Lunatic asylums Bombay report 1878-1890 - 1878-1890
Year: 1878
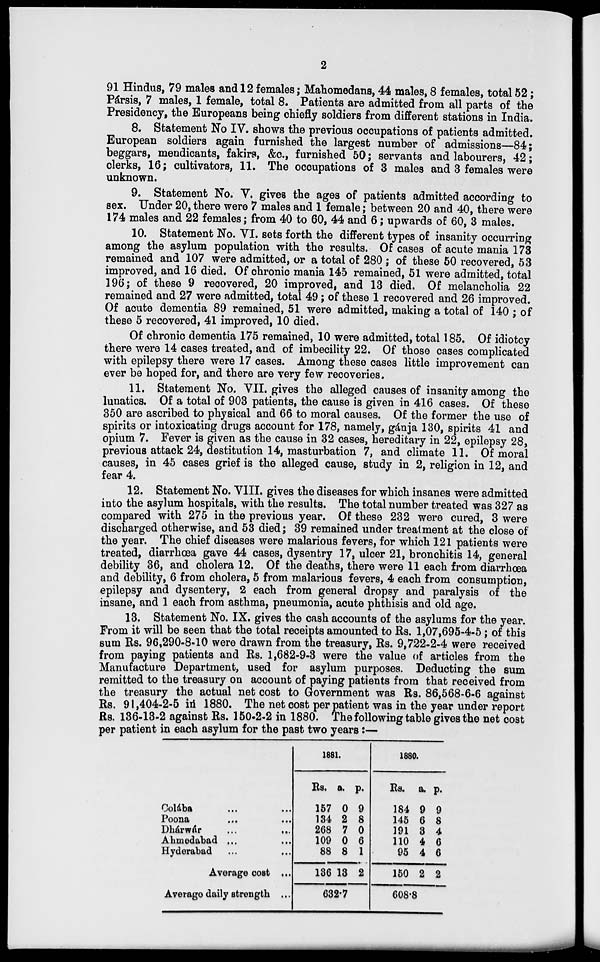
2
91 Hindus, 79 males and 12females; Mahomedans, 44 males, 8 females, total 52 ;
Pársis, 7 males, 1 female, total 8. Patients are admitted from all parts of the
Presidency, the Europeans being chiefly soldiers from different stations in India.
8. Statement No IV. shows the previous occupations of patients admitted.
European soldiers again furnished the largest number of admissions—84;
beggars, mendicants, fakirs, &c., furnished 50; servants and labourers, 42;
clerks, 16; cultivators, 11. The occupations of 3 males and 3 females were
unknown.
9. Statement No. V. gives the ages of patients admitted according to
sex. Under 20, there were 7 males and 1 female; between 20 and 40, there were
174 males and 22 females; from 40 to 60, 44 and 6; upwards of 60, 3 males.
10. Statement No. VI. sets forth the different types of insanity occurring
among the asylum population with the results. Of cases of acute mania 173
remained and 107 were admitted, or a total of 280 ; of these 50 recovered, 53
improved, and 16 died. Of chronic mania 145 remained, 51 were admitted, total
196; of these 9 recovered, 20 improved, and 13 died. Of melancholia 22
remained and 27 were admitted, total 49; of these 1 recovered and 26 improved.
Of acute dementia 89 remained, 51 were admitted, making a total of 140 ; of
these 5 recovered, 41 improved, 10 died.
Of chronic dementia 175 remained, 10 were admitted, total 185. Of idiotcy
there were 14 cases treated, and of imbecility 22. Of those cases complicated
with epilepsy there were 17 cases. Among these cases little improvement can
ever be hoped for, and there are very few recoveries.
11. Statement No. VII. gives the alleged causes of insanity among the
lunatics. Of a total of 903 patients, the cause is given in 416 cases. Of these
350 are ascribed to physical and 66 to moral causes. Of the former the use of
spirits or intoxicating drugs account for 178, namely, gánja 130, spirits 41 and
opium 7. Fever is given as the cause in 32 cases, hereditary in 22, epilepsy 28,
previous attack 24, destitution 14, masturbation 7, and climate 11. Of moral
causes, in 45 cases grief is the alleged cause, study in 2, religion in 12, and
fear 4.
12. Statement No. VIII. gives the diseases for which insanes were admitted
into the asylum hospitals, with the results. The total number treated was 327 as
compared with 275 in the previous year. Of these 232 were cured, 3 were
discharged otherwise, and 53 died; 39 remained under treatment at the close of
the year. The chief diseases were malarious fevers, for which 121 patients were
treated, diarrhoea gave 44 cases, dysentry 17, ulcer 21, bronchitis 14, general
debility 36, and cholera 12. Of the deaths, there were 11 each from diarrhœa
and debility, 6 from cholera, 5 from malarious fevers, 4 each from consumption,
epilepsy and dysentery, 2 each from general dropsy and paralysis of the
insane, and 1 each from asthma, pneumonia, acute phthisis and old age.
13. Statement No. IX. gives the cash accounts of the asylums for the year.
From it will be seen that the total receipts amounted to Rs. 1,07,695-4-5; of this
sum Rs. 96,290-8-10 were drawn from the treasury, Rs. 9,722-2-4 were received
from paying patients and Rs. 1,682-9-3 were the value of articles from the
Manufacture Department, used for asylum purposes. Deducting the sum
remitted to the treasury on account of paying patients from that received from
the treasury the actual net cost to Government was Rs. 86,568-6-6 against
Rs. 91,404-2-5 in 1880. The net cost per patient was in the year under report
Rs. 136-13-2 against Rs. 150-2-2 in 1880. The following table gives the net cost
per patient in each asylum for the past two years:—
Colába ... ...
Poona
...
...
Dhárwár
...
...
Ahmedabad ... ...
Hyderabad ... ...
Average cost ...
Average daily strength ...
1881.
Rs.
157
134
268
109
88
136
a.
0
2
7
0
8
13
p.
9
8
0
6
1
2
632.7
1880.
Rs.
184
145
191
110
95
150
a.
9
6
3
4
4
2
p.
9
8
4
6
6
2
608.8